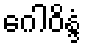
ဂေါဝိန္ဒံ